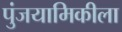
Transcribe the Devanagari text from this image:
पुंजयामिकीला